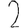
Digit: 2